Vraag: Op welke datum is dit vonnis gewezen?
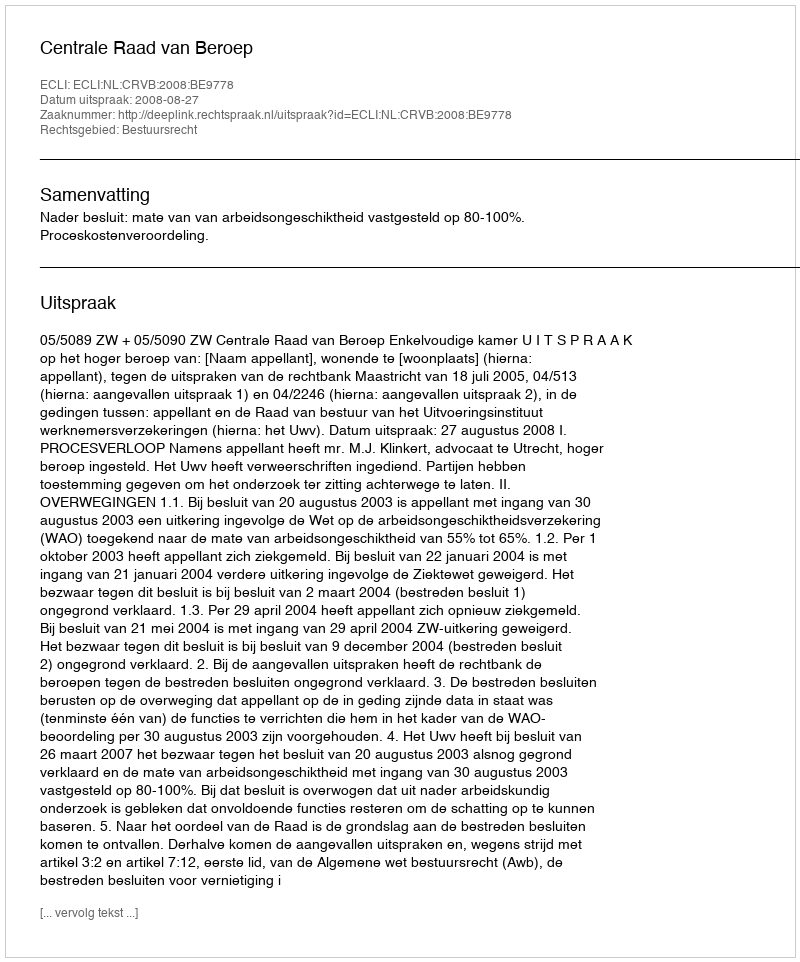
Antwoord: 2008-08-27